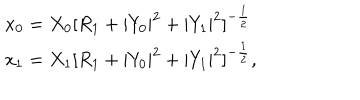
\begin{array} { l c r } { { x _ { 0 } = X _ { 0 } [ R _ { 1 } + | Y _ { 0 } | ^ { 2 } + | Y _ { 1 } | ^ { 2 } ] ^ { - { \frac { 1 } { 2 } } } } } \\ { { x _ { 1 } = X _ { 1 } [ R _ { 1 } + | Y _ { 0 } | ^ { 2 } + | Y _ { 1 } | ^ { 2 } ] ^ { - { \frac { 1 } { 2 } } } , } } \\ \end{array}